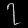
Digit: ၇